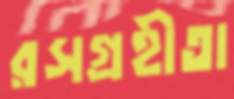
রসগ্রহীতা